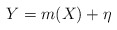
\begin{align*} Y = m(X) + \eta\end{align*}